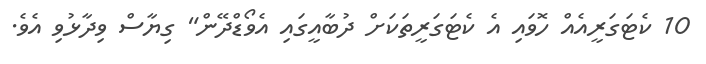
10 ކެޓަގަރީއެއް ހޮވައި އެ ކެޓަގަރީތަކަށް ދުބާއީގައި އެވޯޑްދޭން" ގިޔާސް ވިދާޅުވި އެވެ.